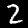
Label: 2